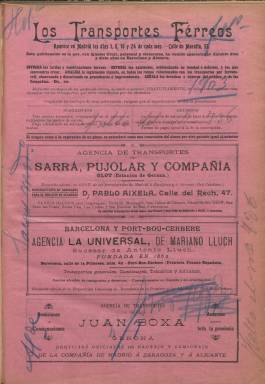
Título: Los Transportes férreos
Colección: Ferrocarriles
Ámbito geográfico: Madrid
Lugar de publicación: Madrid
Fechas: 01/08/1903-24/11/1920

“Publicación comercial de ferrocarriles” es el subtítulo de este semanario (aparecía los días 1, 8, 16 y 24 de cada mes), de ocho páginas por entrega, compuestas a dos columnas, y sin ningún tipo de ilustración, que previamente se había editado durante nueve años en Barcelona y, posteriormente, otros siete en Almería. La colección de la Biblioteca Nacional de España comienza cuando su editor y director –cuyo nombre se desconoce- se traslada a Madrid, a partir del uno de agosto de 1903, con la secuencia año XVII, número 721 y página 3.553.

Ofrece información sobre los transportes ferroviarios, tanto de vía ancha como estrecha, los industriales (hulleros, etc.), los funiculares o a los tranviarios, especialmente los españoles, aunque también de otros países, y de otras vías de comunicación, como las carreteras y puertos; las líneas, itinerarios y circulación de trenes, de personas y mercancías; los precios de billetes y tarifas, incluidas las postales; los tipos de convoyes, máquinas y vagones; las estaciones ferroviarias y almacenes; las compañías, las reclamaciones de usuarios; los proyectos de nuevas obras y subastas, los asuntos laborales y las normativas y reglamentaciones legales sobre todos estos asuntos y servicios.

Según se señala bajo su cabecera, divulga las tarifas y explotación comercial de ferrocarriles y combinaciones férreas; estudia las existentes, evidenciando su bondad y defectos y las que convendría crear; analiza la legislación vigente, en todos los ramos relacionados con los transportes por ferrocarril, observando y discutiendo su procedencia o improcedencia, y señala los derechos y deberes del público y de las compañías. También inserta anuncios publicitarios, especialmente de empresas y agencias de transportes y aduanas.

El último número de la colección de la BNE es el 1.551, correspondiente al 24 de noviembre de 1920.